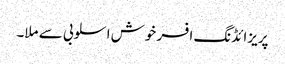
پریزائڈنگ افسر خوش اسلوبی سے ملا۔